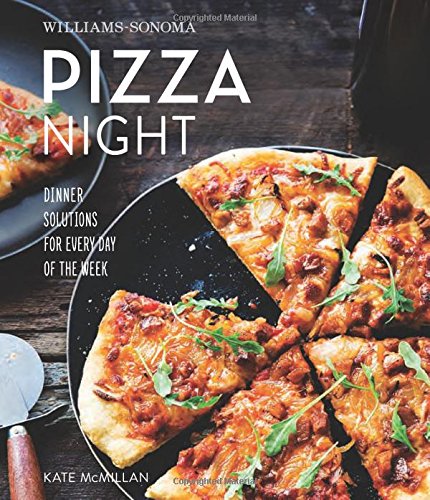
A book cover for Pizza Night (Williams-Sonoma); Kate McMillan; Cookbooks, Food & Wine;